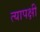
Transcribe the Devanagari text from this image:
त्यापक्षी